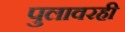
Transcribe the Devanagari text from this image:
पुलावरही